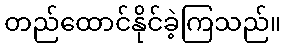
တည်ထောင်နိုင်ခဲ့ကြသည်။